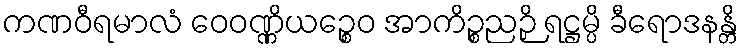
ကဏဝီရမာလံ ဝေဝဏ္ဏိယဉ္စေဝ အာကိဉ္စညဉှိ ရဋ္ဌမ္ပိ ခီရောဒနန္တိ